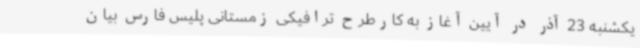
یکشنبه 23 آذر در آیین آغاز به کارطرح ترافیکی زمستانی پلیس فارس بیان